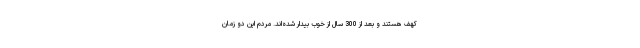
کهف هستند و بعد از 300 سال از خوب بیدار شده‌اند. مردم این دو زمان